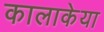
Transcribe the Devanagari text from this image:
कालाकेया